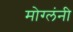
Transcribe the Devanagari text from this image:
मोग्लंनी